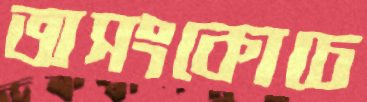
অসংকোচে